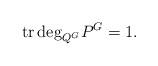
LaTeX: \begin{align*}{\rm tr\,deg}_{Q^G}P^G=1.\end{align*}